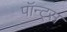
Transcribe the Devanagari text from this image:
पॉन्ट्स